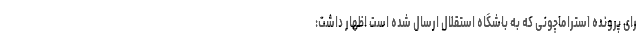
رای پرونده استراماچونی که به باشگاه استقلال ارسال شده است اظهار داشت: